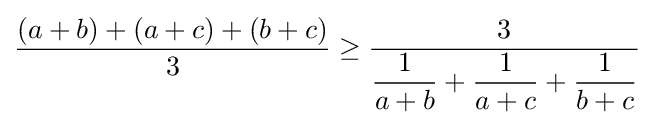
{\frac {(a+b)+(a+c)+(b+c)}{3}}\geq {\frac {3}{\displaystyle {\frac {1}{a+b}}+{\frac {1}{a+c}}+{\frac {1}{b+c}}}}